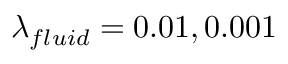
\lambda _ { f l u i d } = 0 . 0 1 , 0 . 0 0 1